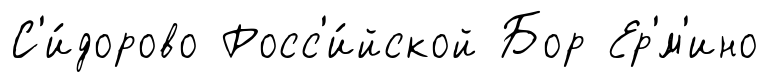
С'и́дорово Росс'и́йской Бор Ер'́м'ино